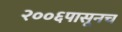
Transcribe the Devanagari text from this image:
२००६पासूनच